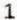
1